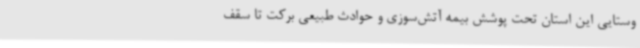
وستایی این استان تحت پوشش بیمه آتش‌سوزی و حوادث طبیعی برکت تا سقف